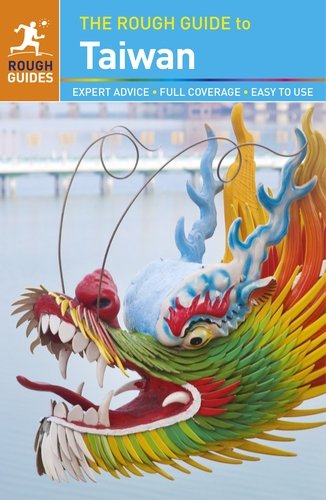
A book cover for The Rough Guide to Taiwan; Rough Guides; Travel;